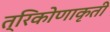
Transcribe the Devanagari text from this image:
त्रिकोणाकृती